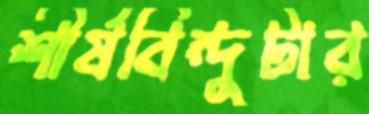
শীর্ষবিন্দুটার